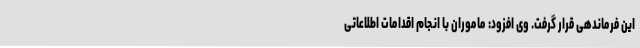
این فرماندهی قرار گرفت. وی افزود: ماموران با انجام اقدامات اطلاعاتی